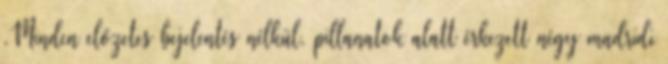
.Minden előzetes bejelentés nélkül, pillanatok alatt érkezett négy madridi